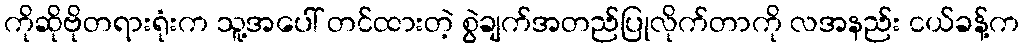
ကိုဆိုဗိုတရားရုံးက သူ့အပေါ် တင်ထားတဲ့ စွဲချက်အတည်ပြုလိုက်တာကို လအနည်း ငယ်ခန့်က